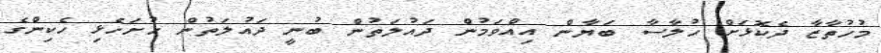
މުހުތާޒާ ދެކޮޅަށް ހުލާސާ ބަޔާން އިއްވަމުން ދައުލަތުން ބުނީ ދައުލަތުން ހުށަހެޅި ހެކިންގެ